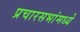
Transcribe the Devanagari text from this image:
प्रचारसभांमध्ये